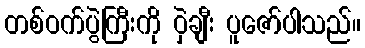
တစ်ဝက်ပွဲကြီးကို ဝှဲချီး ပူဇော်ပါသည်။